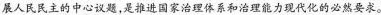
展人民民主的中心议题，是推进国家治理体系和治理能力现代化的必然要求。